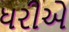
ધરીએ